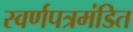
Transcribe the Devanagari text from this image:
स्वर्णपत्रमंडित